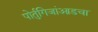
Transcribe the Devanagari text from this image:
पोर्तुगिजांआडचा